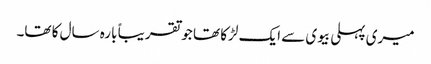
میری پہلی بیوی سے ایک لڑکا تھا جو تقریباً بارہ سال کا تھا۔